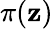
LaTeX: \pi(\mathbf{z})